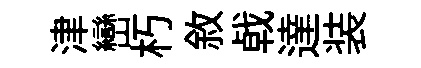
津巒朽敘㦸達装